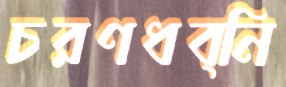
চরণধব্নি